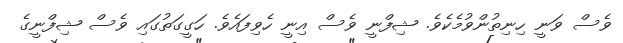
ވެސް ވަނީ ހިނިތުންވުމެކެވެ. ޝިފްނީ ވެސް އިނީ ހެވިފައެވެ. ހަގީގަތުގައި ވެސް ޝިފްނީގެ